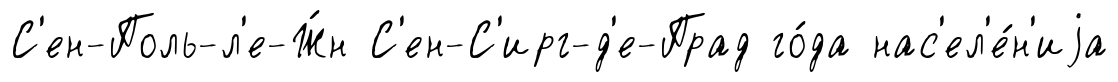
С'ен-Поль-л'е-Ж́н С'ен-С'ирг-д'е-Прад го́да нас'ел'е́н'иjа